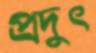
প্রদুৎ